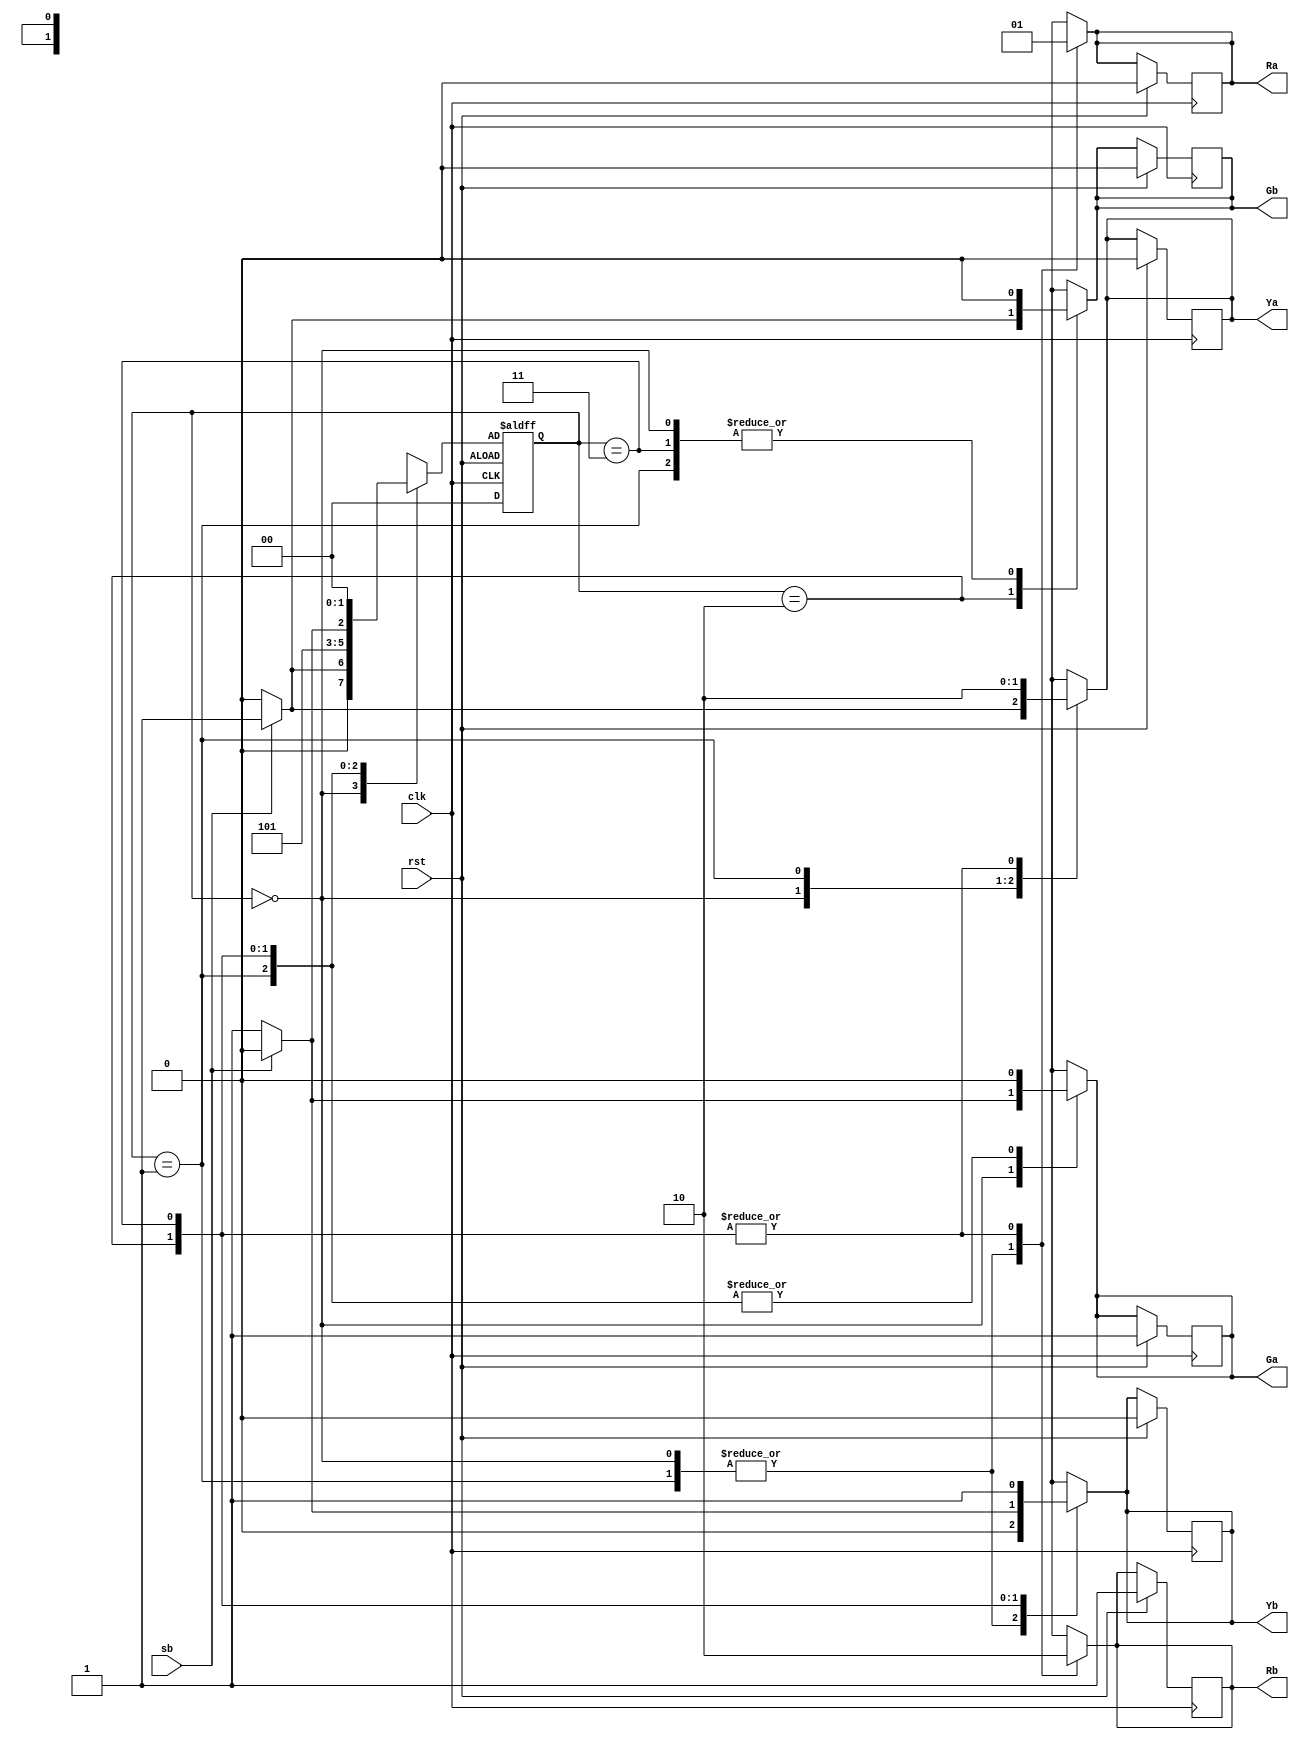
`timescale 1ns / 1ps
//////////////////////////////////////////////////////////////////////////////////
// Company: 
// Engineer: 
// 
// Design Name: 
// Module Name: Traffic_control_2way
// Project Name: 
// Target Devices: 
// Tool Versions: 
// Description: 
// 
// Dependencies: 
// 
// Revision:
// Revision 0.01 - File Created
// Additional Comments:
// 
//////////////////////////////////////////////////////////////////////////////////


module Traffic_control_2way(Ra,Ya,Ga,Rb,Yb,Gb,clk,rst,sb);
input sb,rst,clk;
output reg Ra,Ya,Ga,Rb,Yb,Gb;
parameter [1:0] s0=2'b00,   // A-green, B-red
                s1=2'b01,   // A-yellow, B-red
                s2=2'b10,   // A-red, B-green
                s3=2'b11;   // A-red, B-yellow
reg [1:0] PS,NS;
always @(posedge clk, negedge rst)
if(rst)
    begin
    PS<=s0;
    Ga<=1; Rb<=1; Ra<=0; Ya<=0; Yb<=0; Gb<=0;
    end
else
    PS<=NS;
    
always @(PS,sb)
case(PS)
s0: if(sb) begin
    NS<=s1;
    Ya<=1; Rb<=1; Ga<=0; Ra<=0; Yb<=0; Gb<=0;
    end
    else begin
    NS<=s0;
    Ga<=1; Rb<=1; Ra<=0; Ya<=0; Yb<=0; Gb<=0;
    end
s1: begin
    Ya<=1; Rb<=1; Ga<=0; Ra<=0; Yb<=0; Gb<=0;
    #10 NS<=s2;
    end
s2: if(sb) begin
    Ra<=1; Gb<=1; Ya<=0; Rb<=0; Ga<=0; Yb<=0;
    NS<=s2;
    end
    else begin
    Ra<=1; Yb<=1; Ya<=0; Rb<=0; Ga<=0; Gb<=0;
    NS<=s3;
    end
s3: begin
    Ya<=0; Rb<=0; Ga<=0; Ra<=1; Yb<=1; Gb<=0;
    #10 NS<=s0;
    end
endcase
endmodule